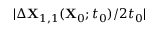
\vert \Delta \mathbf { X } _ { 1 , 1 } ( \mathbf { X } _ { 0 } ; t _ { 0 } ) / 2 t _ { 0 } \vert